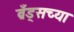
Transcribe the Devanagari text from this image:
ब्रँड्सच्या